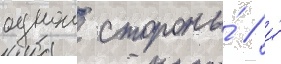
однои стороны́ / и́